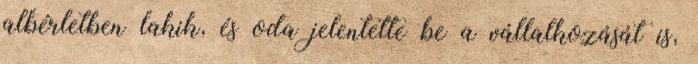
albérletben lakik, és oda jelentette be a vállalkozását is,